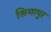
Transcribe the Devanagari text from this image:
सिगापुर